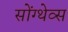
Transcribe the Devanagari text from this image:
सोंग्थेव्स